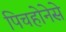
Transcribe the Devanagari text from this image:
पिचहोनेसे